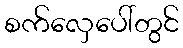
စက်လှေပေါ်တွင်